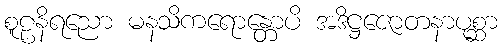
စူဠနိရညော မနသိကရောန္တောပိ အဒိဋ္ဌဇောတနာပုစ္ဆာ